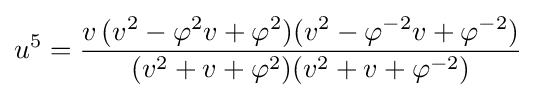
u^{5}={\frac {v\,(v^{2}-\varphi ^{2}v+\varphi ^{2})(v^{2}-\varphi ^{-2}v+\varphi ^{-2})}{(v^{2}+v+\varphi ^{2})(v^{2}+v+\varphi ^{-2})}}